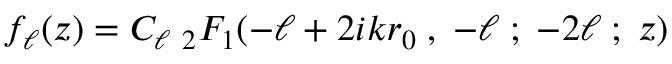
f _ { \ell } ( z ) = C _ { \ell } \; { } _ { 2 } F _ { 1 } ( - \ell + 2 i k r _ { 0 } \; , \; - \ell \; ; \; - 2 \ell \; ; \; z )